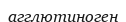
агглютиноген